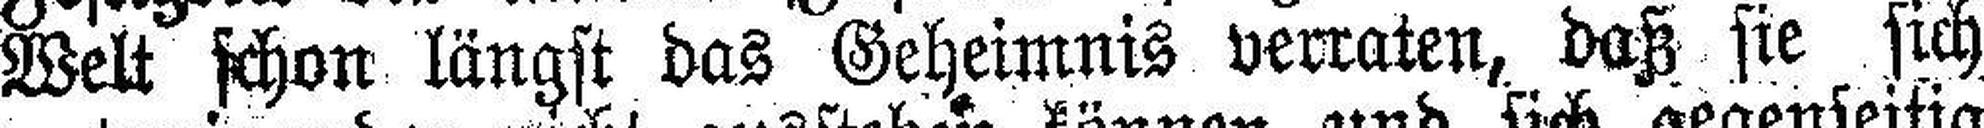
Welt schon längst das Geheimnis verraten, daß sie sich